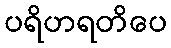
ပရိဟရတိပေ